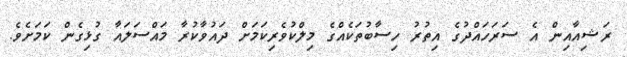
ރަޝިއާއިން އެ ސަރަހައްދުގެ އިތުރު ހިސާބުތަކެއްގެ މިލްކުވެރިކަމަށް ދައުވާކުރާ މައްސަލައާ ގުޅިގެން ކަމަށެވެ.